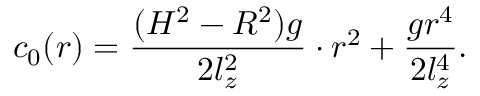
c _ { 0 } ( r ) = \frac { ( H ^ { 2 } - R ^ { 2 } ) g } { 2 l _ { z } ^ { 2 } } \cdot r ^ { 2 } + \frac { g r ^ { 4 } } { 2 l _ { z } ^ { 4 } } .